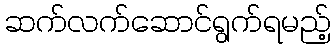
ဆက်လက်ဆောင်ရွက်ရမည့်